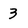
Character: 3